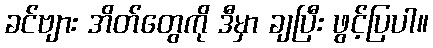
ခင်ဗျား အိတ်တွေကို ဒီမှာ ချပြီး ဖွင့်ပြပါ။